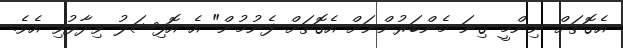
އެގޮތަށް ނިންމީ ގިނަ މެންބަރުންނަށް އެގޮތަށް ފެނުމުން" އެ އޮފިޝަލު ވިދާޅުވި އެވެ.